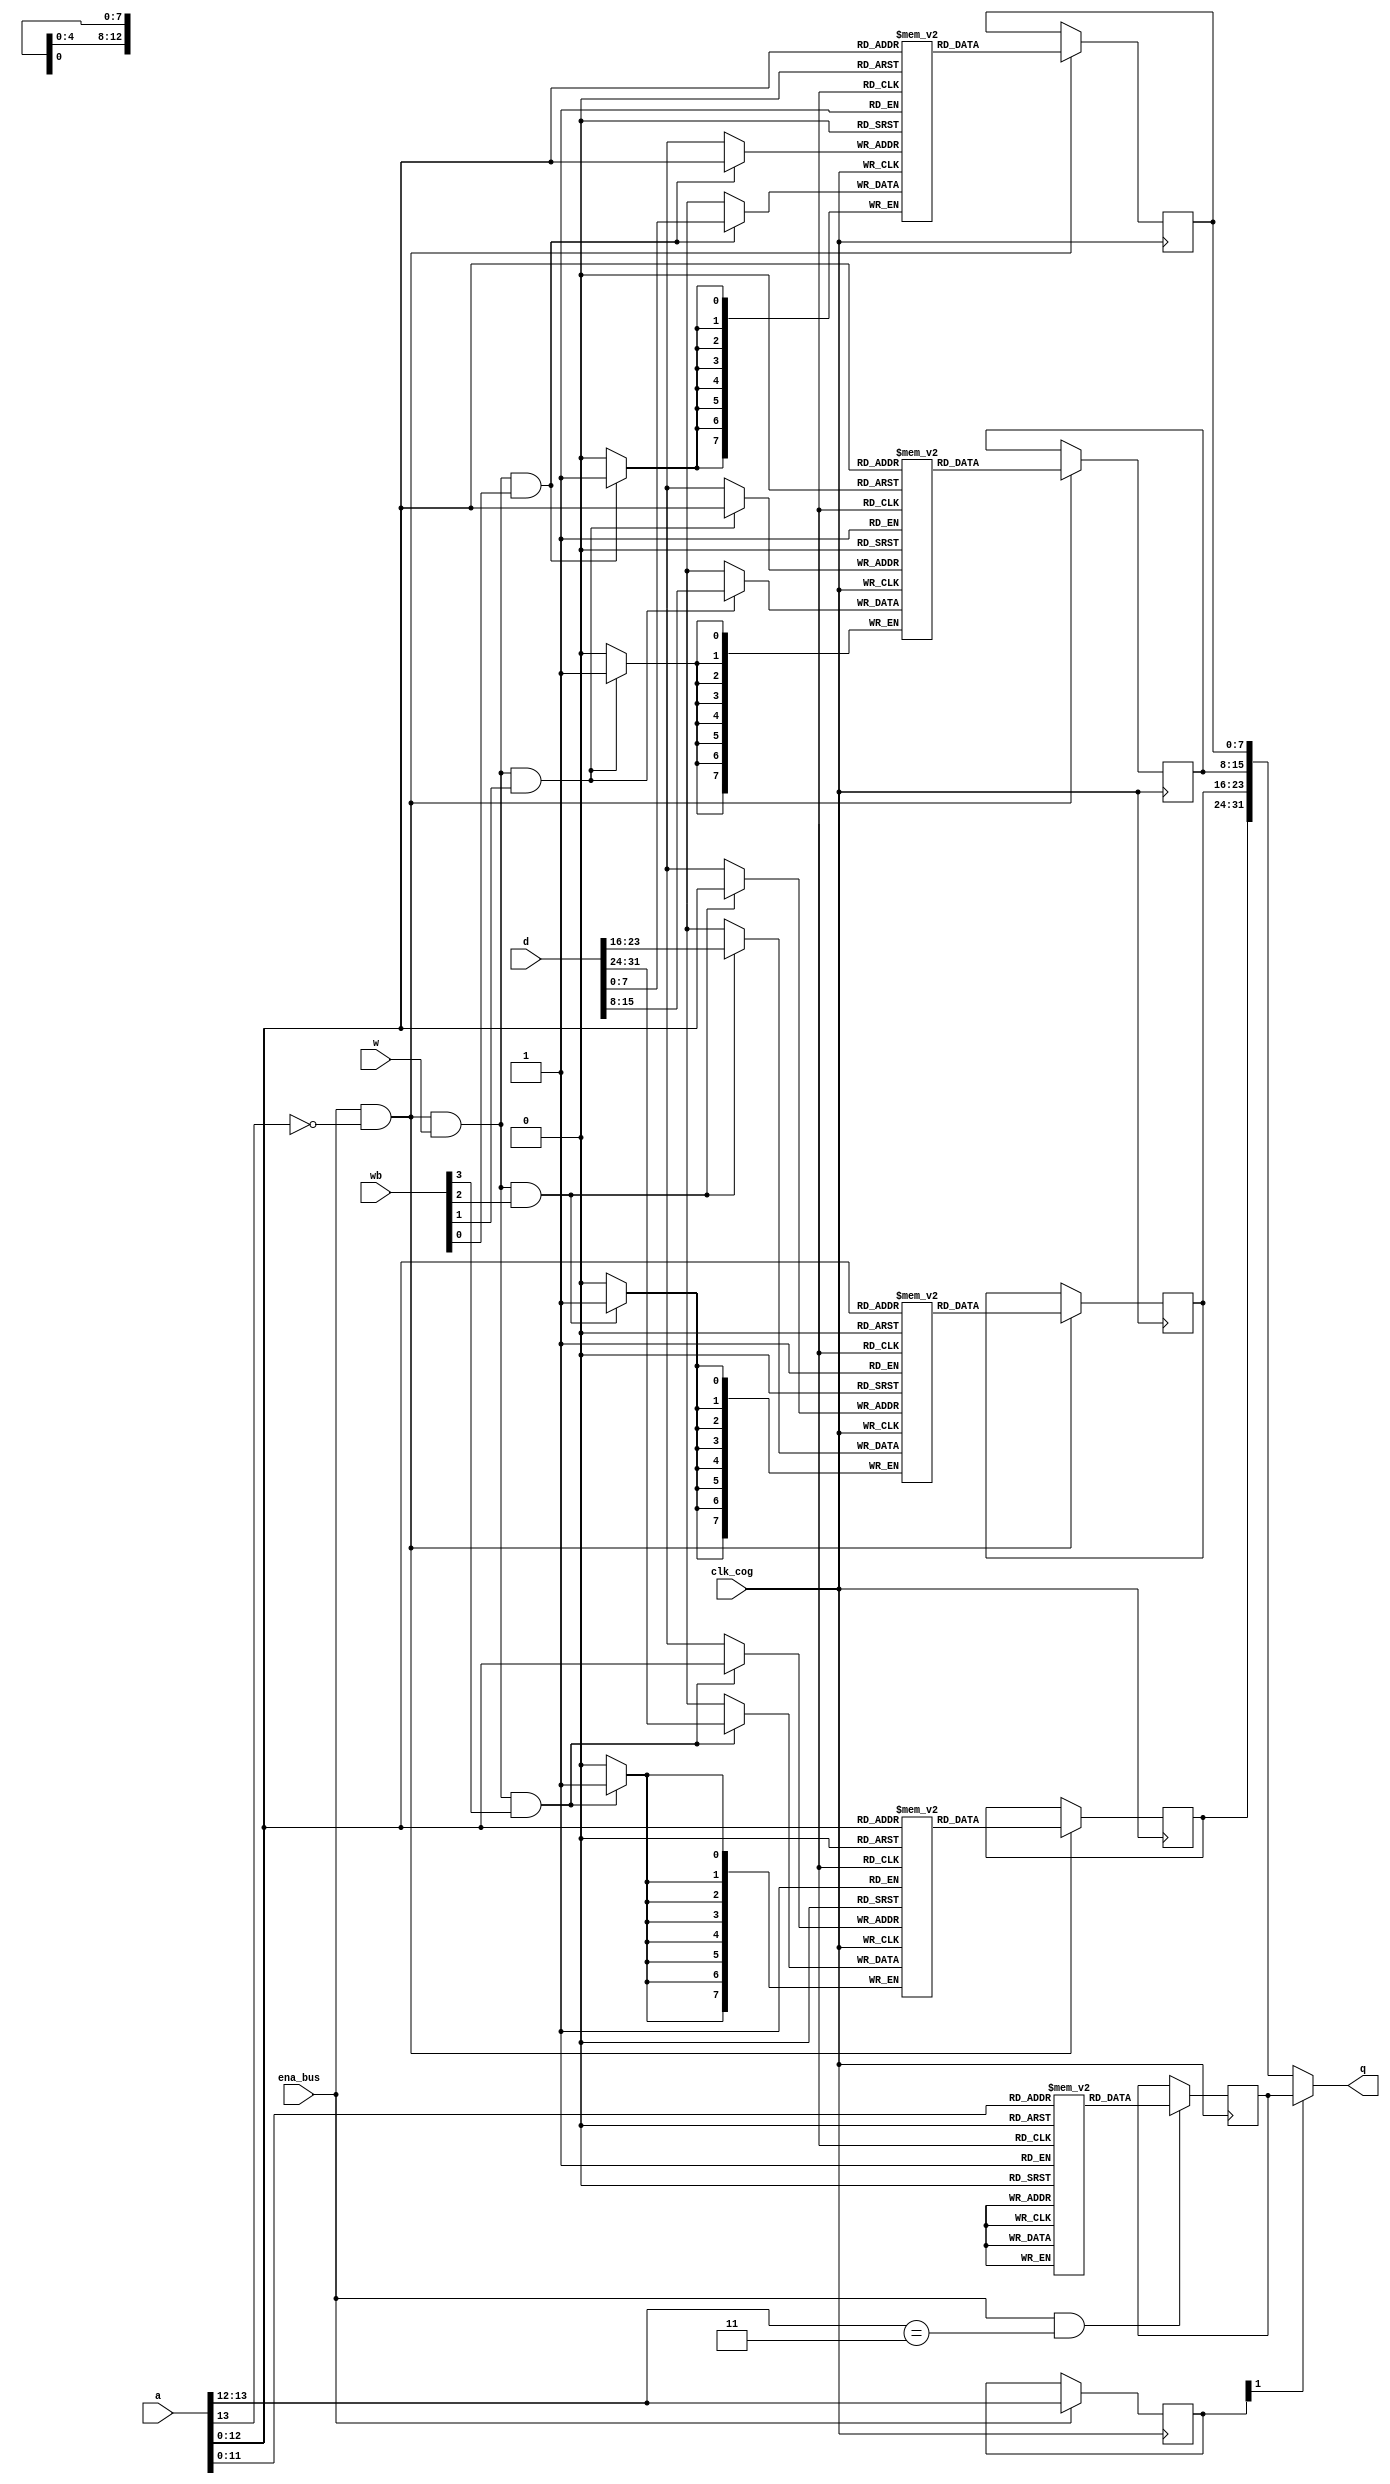
module				hub_mem
(
input				clk_cog,
input				ena_bus,

input				w,
input		 [3:0]	wb,
input		[13:0]	a,
input		[31:0]	d,

output		[31:0]	q
);


// 8192 x 32 ram with byte-write enables ($0000..$7FFF)

reg [7:0] ram3 [8191:0];
reg [7:0] ram2 [8191:0];
reg [7:0] ram1 [8191:0];
reg [7:0] ram0 [8191:0];

reg [7:0] ram_q3;
reg [7:0] ram_q2;
reg [7:0] ram_q1;
reg [7:0] ram_q0;

always @(posedge clk_cog)
begin
	if (ena_bus && !a[13] && w && wb[3])
		ram3[a[12:0]] <= d[31:24];
	if (ena_bus && !a[13])
		ram_q3 <= ram3[a[12:0]];
end

always @(posedge clk_cog)
begin
	if (ena_bus && !a[13] && w && wb[2])
		ram2[a[12:0]] <= d[23:16];
	if (ena_bus && !a[13])
		ram_q2 <= ram2[a[12:0]];
end

always @(posedge clk_cog)
begin
	if (ena_bus && !a[13] && w && wb[1])
		ram1[a[12:0]] <= d[15:8];
	if (ena_bus && !a[13])
		ram_q1 <= ram1[a[12:0]];
end

always @(posedge clk_cog)
begin
	if (ena_bus && !a[13] && w && wb[0])
		ram0[a[12:0]] <= d[7:0];
	if (ena_bus && !a[13])
		ram_q0 <= ram0[a[12:0]];
end


// 4096 x 32 rom containing character definitions ($8000..$BFFF)

(* ram_init_file = "hub_rom_low.hex" *)		reg	[31:0] rom_low [4095:0];

reg [31:0] rom_low_q;

always @(posedge clk_cog)
if (ena_bus && a[13:12] == 2'b10)
	rom_low_q <= rom_low[a[11:0]];


// 4096 x 32 rom containing sin table, log table, booter, and interpreter ($C000..$FFFF)

(* ram_init_file = "hub_rom_high.hex" *)	reg	[31:0] rom_high [4095:0];

reg [31:0] rom_high_q;

always @(posedge clk_cog)
if (ena_bus && a[13:12] == 2'b11)
	rom_high_q <= rom_high[a[11:0]];


// memory output mux

reg [1:0] mem;

always @(posedge clk_cog)
if (ena_bus)
	mem <= a[13:12];

assign q			= !mem[1]	? {ram_q3, ram_q2, ram_q1, ram_q0}
		//			: !mem[0]	? rom_low_q		// comment out this line for DE0-Nano (sacrifices character rom to fit device)
								: rom_high_q;

endmodule